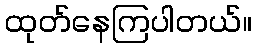
ထုတ်နေကြပါတယ်။